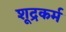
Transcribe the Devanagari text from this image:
शूद्रकर्म